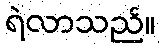
ရဲလာသည်။